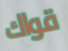
قواك